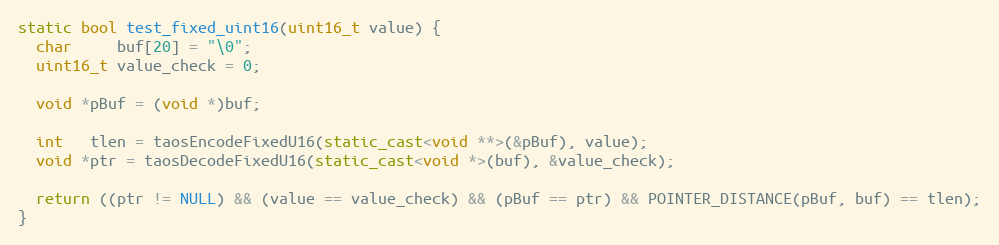
Language: C++
static bool test_fixed_uint16(uint16_t value) {
  char     buf[20] = "\0";
  uint16_t value_check = 0;

  void *pBuf = (void *)buf;

  int   tlen = taosEncodeFixedU16(static_cast<void **>(&pBuf), value);
  void *ptr = taosDecodeFixedU16(static_cast<void *>(buf), &value_check);

  return ((ptr != NULL) && (value == value_check) && (pBuf == ptr) && POINTER_DISTANCE(pBuf, buf) == tlen);
}